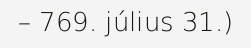
– 769. július 31.)